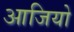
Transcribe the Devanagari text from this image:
आजियो